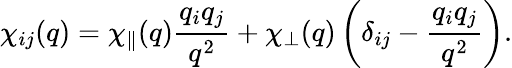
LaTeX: \chi_{ij}(q)=\chi_{\parallel}(q)\frac{q_{i}q_{j}}{q^{2}}+\chi_{\perp}(q)\left(\delta_{ij}-\frac{q_{i}q_{j}}{q^{2}}\right).